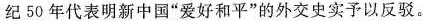
纪50年代表明新中国”爱好和平”的外交史实予以反驳。